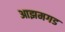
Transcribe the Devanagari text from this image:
आझमगड